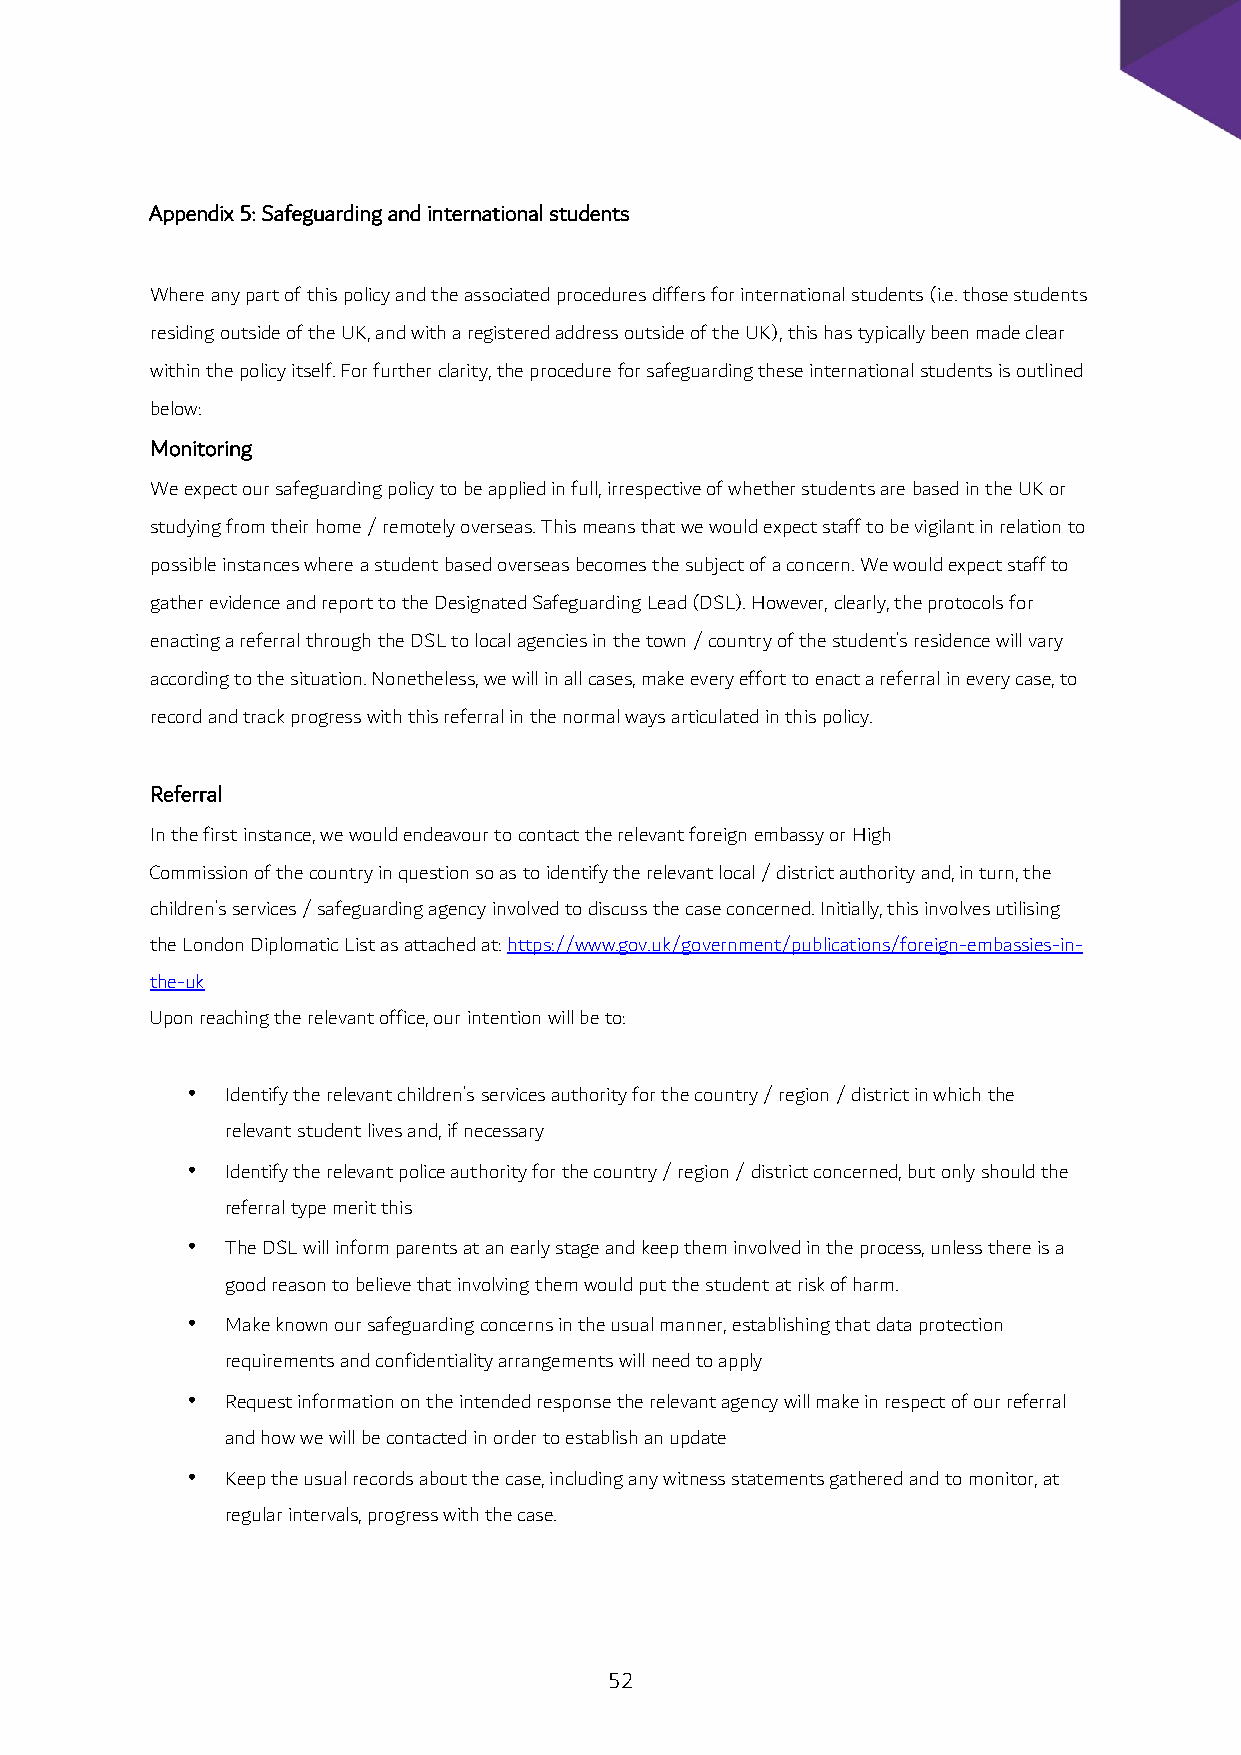
Appendix 5: Safeguarding and international students
 Where any part of this policy and the associated procedures differs for international students (i.e. those students
 residing outside of the UK, and with a registered address outside of the UK), this has typically been made clear
 within the policy itself. For further clarity, the procedure for safeguarding these international students is outlined
 below:
 Monitoring
 We expect our safeguarding policy to be applied in full, irrespective of whether students are based in the UK or
 studying from their home / remotely overseas. This means that we would expect staff to be vigilant in relation to
 possible instances where a student based overseas becomes the subject of a concern. We would expect staff to
 gather evidence and report to the Designated Safeguarding Lead (DSL). However, clearly, the protocols for
 enacting a referral through the DSL to local agencies in the town / country of the student’s residence will vary
 according to the situation. Nonetheless, we will in all cases, make every effort to enact a referral in every case, to
 record and track progress with this referral in the normal ways articulated in this policy.
 Referral
 In the first instance, we would endeavour to contact the relevant foreign embassy or High
 Commission of the country in question so as to identify the relevant local / district authority and, in turn, the
 children’s services / safeguarding agency involved to discuss the case concerned. Initially, this involves utilising
 the London Diplomatic List as attached at: https://www.gov.uk/government/publications/foreign-embassies-in-
 the-uk
 Upon reaching the relevant office, our intention will be to:
 •  Identify the relevant children’s services authority for the country / region / district in which the
 relevant student lives and, if necessary
 •  Identify the relevant police authority for the country / region / district concerned, but only should the
 referral type merit this
 •  The DSL will inform parents at an early stage and keep them involved in the process, unless there is a
 good reason to believe that involving them would put the student at risk of harm.
 •  Make known our safeguarding concerns in the usual manner, establishing that data protection
 requirements and confidentiality arrangements will need to apply
 •  Request information on the intended response the relevant agency will make in respect of our referral
 and how we will be contacted in order to establish an update
 •  Keep the usual records about the case, including any witness statements gathered and to monitor, at
 regular intervals, progress with the case.
 52